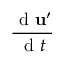
\frac { \mathrm { ~ d ~ } \mathbf { u } ^ { \prime } } { \mathrm { ~ d ~ } t }